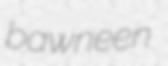
bawneen